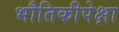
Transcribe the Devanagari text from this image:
भौतिकीपेक्षा